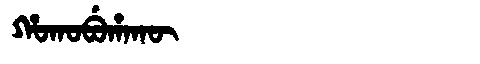
Manchu: ᡥᠣᡴᠣᠪᡠᡥᠠᡴᡡ
Romanization: HOKOBUHAKŪ